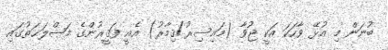
ބުނަން މި އުޅޭ ވާހަކަ އަކީ ޖުވާ (މައިސިރު/ޤިމާރު) އެއީ ފަޤީރުންގެ މަޞްލަޙަތުގައި